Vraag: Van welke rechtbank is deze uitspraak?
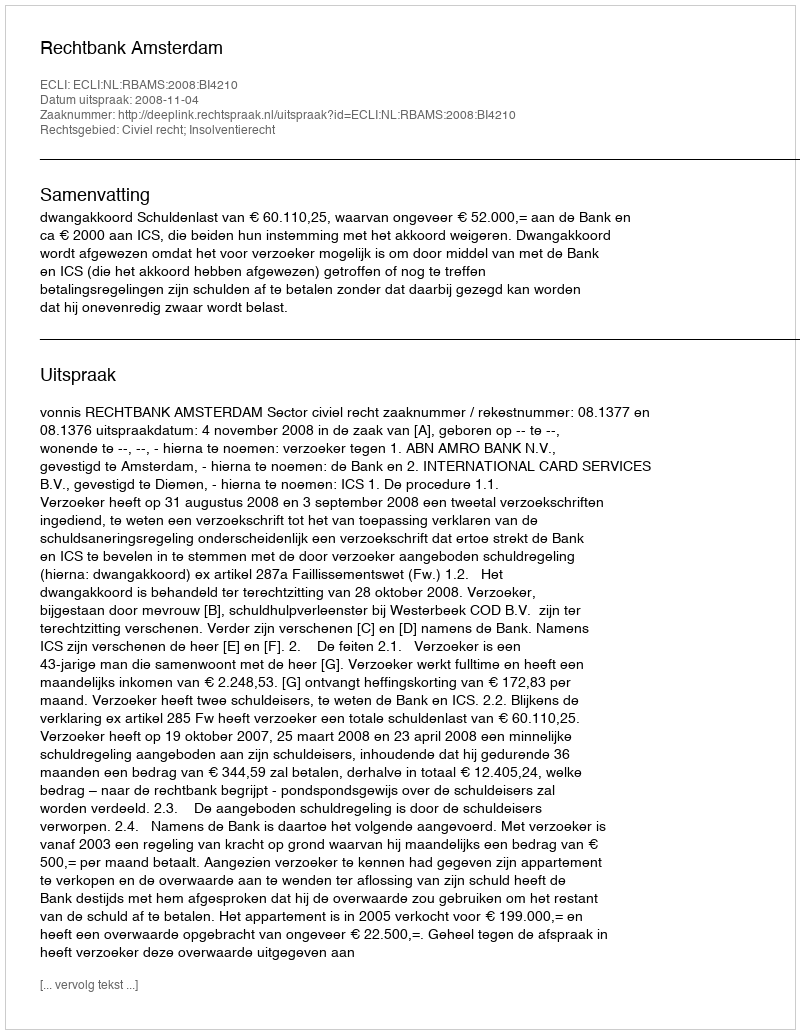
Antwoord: Rechtbank Amsterdam